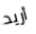
أريد